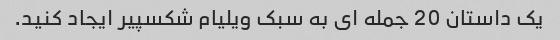
یک داستان 20 جمله ای به سبک ویلیام شکسپیر ایجاد کنید.